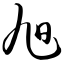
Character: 旭